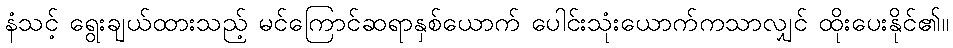
နံသင့် ရွေးချယ်ထားသည့် မင်ကြောင်ဆရာနှစ်ယောက် ပေါင်းသုံးယောက်ကသာလျှင် ထိုးပေးနိုင်၏။